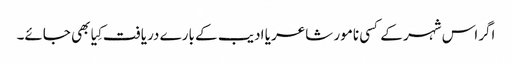
اگراس شہر کے کسی نامور شاعر یا ادیب کے بارے دریافت کِیا بھی جائے۔